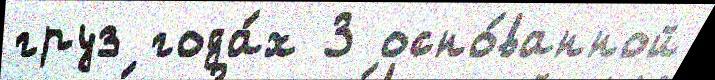
груз года́х 3 осно́ванной